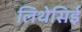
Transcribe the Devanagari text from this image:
लिथेसिई